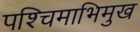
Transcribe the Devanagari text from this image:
पश्‍चिमाभिमुख